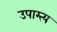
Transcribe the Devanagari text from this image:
उपाम्त्य